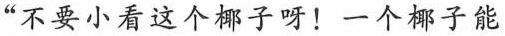
“不要小看这个椰子呀！一个椰子能